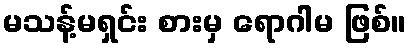
မသန့်မရှင်း စားမှ ရောဂါမ ဖြစ်။